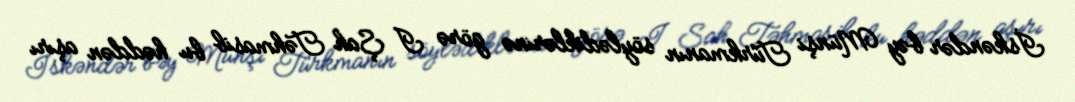
İskəndər bəy Münşi Türkmanın söylədiklərinə görə I Şah Təhmasib bu həddən aşırı